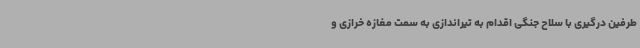
طرفین درگیری با سلاح جنگی اقدام به تیراندازی به سمت مغازه خرازی و